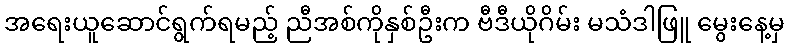
အရေးယူဆောင်ရွက်ရမည့် ညီအစ်ကိုနှစ်ဦးက ဗီဒီယိုဂိမ်း မသံဒါဖြူ မွေးနေ့မှ